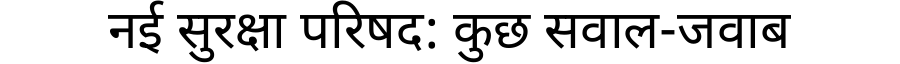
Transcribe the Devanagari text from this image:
नई सुरक्षा परिषद: कुछ सवाल-जवाब